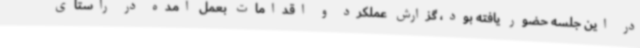
در این جلسه حضور یافته بود، گزارش عملکرد و اقدامات بعمل آمده در راستای